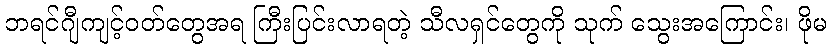
ဘရင်ဂျီကျင့်ဝတ်တွေအရ ကြီးပြင်းလာရတဲ့ သီလရှင်တွေကို သုက် သွေးအကြောင်း၊ ဖိုမ